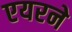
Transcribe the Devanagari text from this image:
एयरने